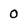
Character: 0